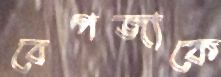
বেপজাকে